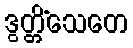
ဒွတ္တိံသေတေ